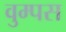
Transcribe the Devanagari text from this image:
वुम्पस